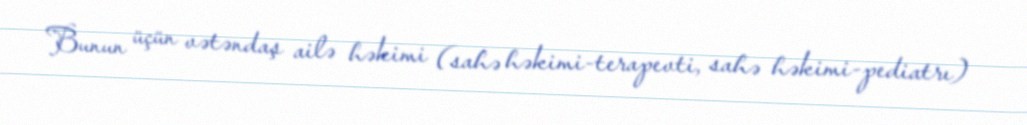
Bunun üçün vətəndaş ailə həkimi (sahə həkimi-terapevti, sahə həkimi-pediatrı)